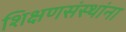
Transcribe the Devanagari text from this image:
शिक्षणसंस्थांना